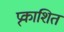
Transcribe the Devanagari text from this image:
प्र्काशित